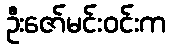
ဦးဇော်မင်းဝင်းက